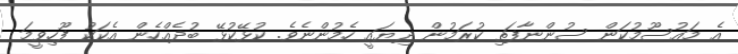
އެ މައުސޫމުކަން ސުންނާފަތި ކުރަމުން ދިޔައީ ހެމުންނެވެ. ކުޅޭކުޅޭ ބުދެއްހެން އެކަކު ފޫހިވީމަ